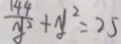
\frac { 1 4 4 } { y ^ { 2 } } + y ^ { 2 } = 2 5